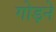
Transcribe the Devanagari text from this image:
गोड़ने